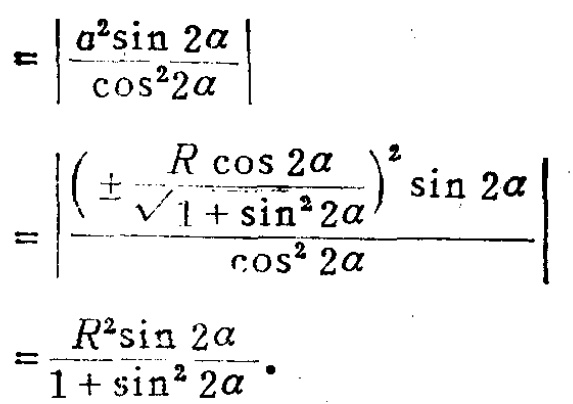
\[
\begin{align*}
&=\left|\frac{a^{2}\sin 2\alpha}{\cos^{2}2\alpha}\right|\\
&=\left|\frac{\left(\pm\frac{R\cos 2\alpha}{\sqrt{1 + \sin^{2}2\alpha}}\right)^{2}\sin 2\alpha}{\cos^{2}2\alpha}\right|\\
&=\frac{R^{2}\sin 2\alpha}{1+\sin^{2}2\alpha}
\end{align*}
\]